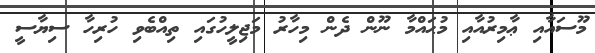
މޫސައާއި ޢާމިރުއާއި މުޙައްމާ ނޫން ދެން މިހާރު މަޖިލީހުގައި ތިއްބެވި ހުރިހާ ސިޔާސީ